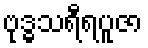
ဗုဒ္ဓသရီရပူဇာ